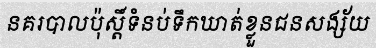
នគរបាលប៉ុស្តិ៍ទំនប់ទឹកឃាត់ខ្លួនជនសង្ស័យ